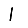
Digit: 1